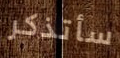
سأتذكر